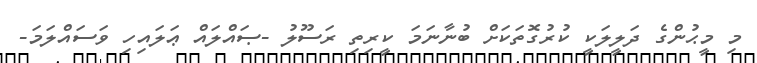
މި މީޙުންގެ ދަލީލަކީ ކުރުގޮތަކަށް ބުނާނަމަ ކީރިތި ރަސޫލު -ޞައްލައް ޢަލައިހި ވަސައްލަމަ-